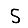
Digit: 5